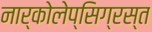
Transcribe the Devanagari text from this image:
नार्कोलेप्सिग्रस्त